Indian journal of veterinary science and animal husbandry - Volume 12,
Year: 1942
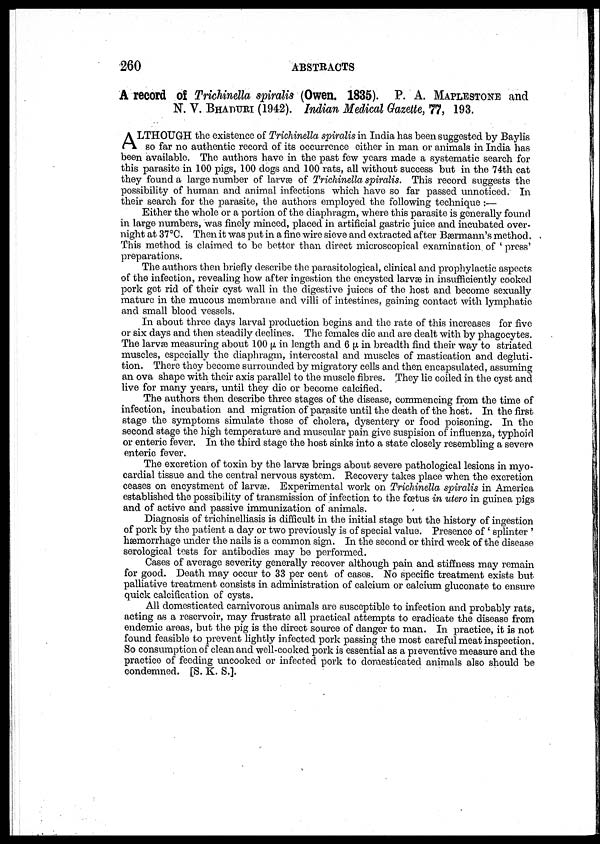
260
ABSTRACTS
A record of Trichinella spiralis (Owen. 1835). P. A. MAPLESTONE and
N. V. BHADURI (1942). Indian Medical Gazette, 77, 193.
A LTHOUGH the existence of Trichinella spiralis in India has been suggested by Baylis
so far no authentic record of its occurrence either in man or animals in India has
been available. The authors have in the past few years made a systematic search for
this parasite in 100 pigs, 100 dogs and 100 rats, all without success but in the 74th cat
they found a large number of larvæ of Trichinella spiralis. This record suggests the
possibility of human and animal infections which have so far passed unnoticed. In
their search for the parasite, the authors employed the following technique:—
Either the whole or a portion of the diaphragm, where this parasite is generally found
in large numbers, was finely minced, placed in artificial gastric juice and incubated over-
night at 37°C. Then it was put in a fine wire sieve and extracted after Bærmann's method.
This method is claimed to be better than direct microscopical examination of ' press '
preparations.
The authors then briefly describe the parasitological, clinical and prophylactic aspects
of the infection, revealing how after ingestion the encysted larvæ in insufficiently cooked
pork get rid of their cyst wall in the digestive juices of the host and become sexually
mature in the mucous membrane and villi of intestines, gaining contact with lymphatic
and small blood vessels.
In about three days larval production begins and the rate of this increases for five
or six days and then steadily declines. The females die and are dealt with by phagocytes.
The larvæ measuring about 100 µ in length and 6 µ in breadth find their way to striated
muscles, especially the diaphragm, intercostal and muscles of mastication and degluti-
tion. There they become surrounded by migratory cells and then encapsulated, assuming
an ova shape with their axis parallel to the muscle fibres. They lie coiled in the cyst and
live for many years, until they die or become calcified.
The authors then describe three stages of the disease, commencing from the time of
infection, incubation and migration of parasite until the death of the host. In the first
stage the symptoms simulate those of cholera, dysentery or food poisoning. In the
second stage the high temperature and muscular pain give suspision of influenza, typhoid
or enteric fever. In the third stage the host sinks into a state closely resembling a severe
enteric fever.
The excretion of toxin by the larvæ brings about severe pathological lesions in myo-
cardial tissue and the central nervous system. Recovery takes place when the excretion
ceases on encystment of larvæ. Experimental work on Trichinella spiralis in America
established the possibility of transmission of infection to the fœtus in utero in guinea pigs
and of active and passive immunization of animals.
Diagnosis of trichinelliasis is difficult in the initial stage but the history of ingestion
of pork by the patient a day or two previously is of special value. Presence of' splinter '
hæmorrhage under the nails is a common sign. In the second or third week of the disease
serological tests for antibodies may be performed.
Cases of average severity generally recover although pain and stiffness may remain
for good. Death may occur to 33 per cent of cases. No specific treatment exists but
palliative treatment consists in administration of calcium or calcium gluconate to ensure
quick calcification of cysts.
All domesticated carnivorous animals are susceptible to infection and probably rats,
acting as a reservoir, may frustrate all practical attempts to eradicate the disease from
endemic areas, but the pig is the direct source of danger to man. In practice, it is not
found feasible to prevent lightly infected pork passing the most careful meat inspection.
So consumption of clean and well-cooked pork is essential as a preventive measure and the
practice of feeding uncooked or infected pork to domesticated animals also should be
condemned. [S. K. S.].